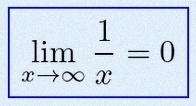
\lim_{x\to\infty}\frac{1}{x}=0